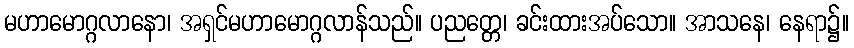
မဟာမောဂ္ဂလာနော၊ အရှင်မဟာမောဂ္ဂလာန်သည်။ ပညတ္တေ၊ ခင်းထားအပ်သော။ အာသနေ၊ နေရာ၌။